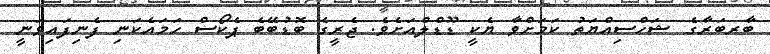
ބާރބަރާގެ ޝަހްސިއްޔަތު ކަމަށްވާ ޔެކީ ޑޫޑްލްއަށެވެ. ޖެރީގެ ބޮޑުބޭބެ ޕެކޯސް ހަމައެކަނި ފެނިފައިވަނީ